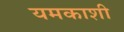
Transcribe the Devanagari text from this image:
यमकाशी